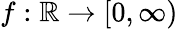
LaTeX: f:\mathbb{R}\rightarrow[0,\infty)